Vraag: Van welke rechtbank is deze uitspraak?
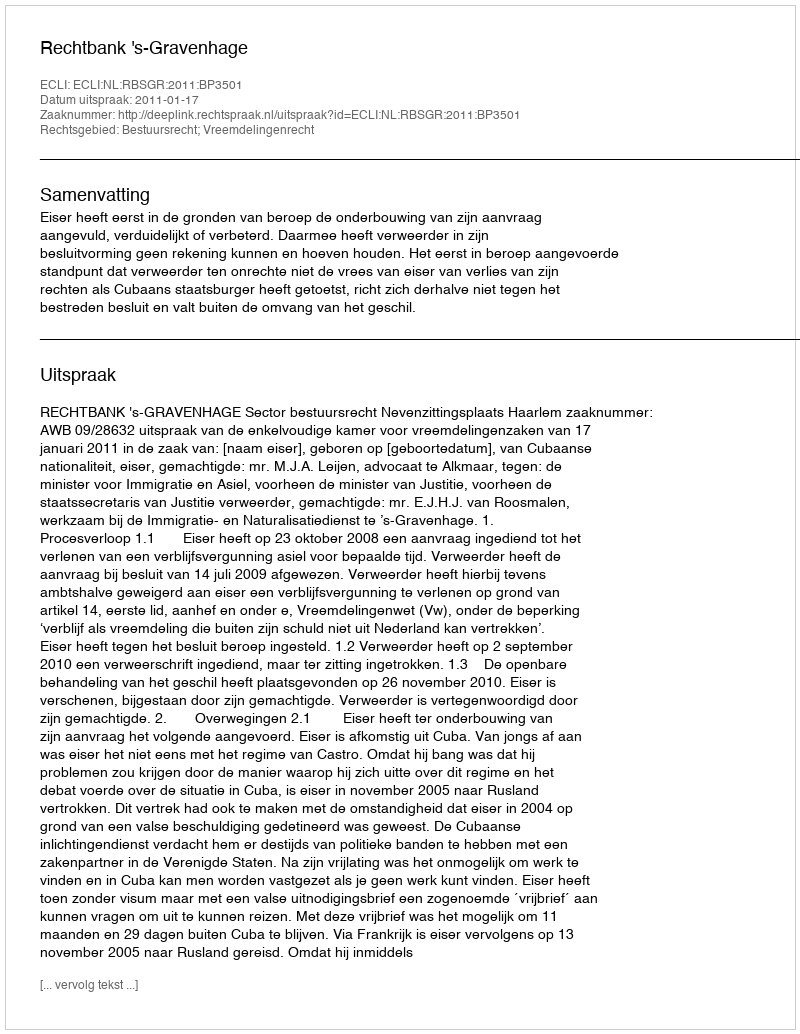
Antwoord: Rechtbank 's-Gravenhage